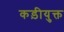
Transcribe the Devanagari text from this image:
कड़ीयुक्त